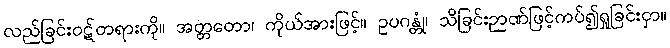
လည်ခြင်းဝဋ်တရားကို။ အတ္တတော၊ ကိုယ်အားဖြင့်။ ဥပဂန္တုံ၊ သိခြင်းဉာဏ်ဖြင့်ကပ်၍ရှုခြင်းငှာ။